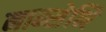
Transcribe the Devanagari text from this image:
नाम्सेभि